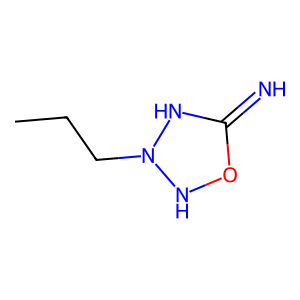
SMILES: CCCN1NOC(=N)N1
Inhibits HIV replication: No